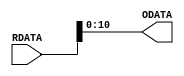
module bitReducer(
RDATA   ,   // Regiter Data Type (Input)
ODATA       // Output Data (Output)
);

parameter DATA_WIDTH = 32;
parameter ADDR_WIDTH = 11;

//--------------Input Ports----------------------------
input   [DATA_WIDTH-1:0]    RDATA;

//--------------Output Ports---------------------------
output wire [ADDR_WIDTH-1:0]    ODATA;

//-------------Processing Starts Here------------------

// Bit Reducer Continuos Assign
assign ODATA = RDATA[ADDR_WIDTH-1:0];
										
endmodule